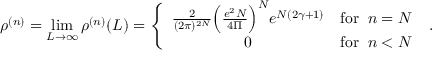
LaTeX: \rho ^ { ( n ) } = \operatorname * { l i m } _ { L \rightarrow \infty } \rho ^ { ( n ) } ( L ) = \left\{ \begin{array} { c r } { { \frac { 2 } { ( 2 \pi ) ^ { 2 N } } \Big ( \frac { e ^ { 2 } N } { 4 \Pi } \Big ) ^ { N } e ^ { N ( 2 \gamma + 1 ) } } } & { { \mathrm { f o r } \; \; n = N } } \\ { { 0 } } & { { \mathrm { f o r } \; \; n < N } } \end{array} \right. \; .